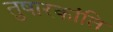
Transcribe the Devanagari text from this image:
तुषारकांति